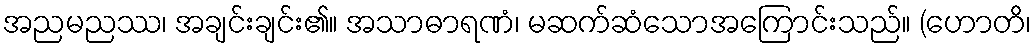
အညမညဿ၊ အချင်းချင်း၏။ အသာဓာရဏံ၊ မဆက်ဆံသောအကြောင်းသည်။ (ဟောတိ၊